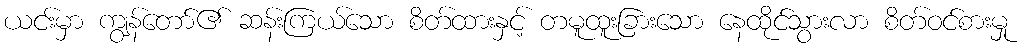
ယငး်မှာ ကျွန်တော်၏ ဆန်းကြယ်သော စိတ်ထားနှင့် တမူထူးခြားသော နေထိုင်သွားလာ စိတ်ဝင်စားမှု